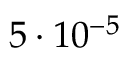
5 \cdot 1 0 ^ { - 5 }